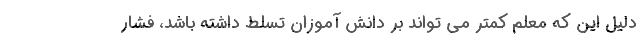
دلیل این که معلم کمتر می تواند بر دانش آموزان تسلط داشته باشد، فشار